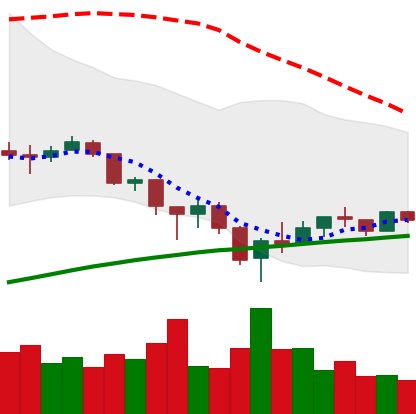
Ticker: BTC-USD
Chart end date: 2018-02-13
Forward return: 22.719%
Label: up_7plus